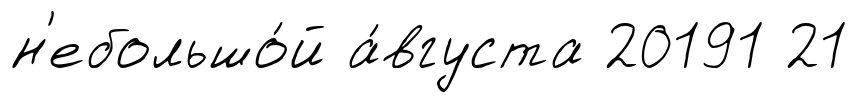
н'ебольшо́й а́вгуста 20191 21